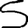
Digit: 5